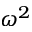
\omega ^ { 2 }